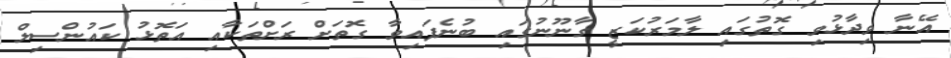
އޭނާ ވިދާޅުވި ގޮތުގައި ލާމަރުކަޒީ ގާނޫނުގައި ބުނެފައިވާ ގޮތަށް ރަށްތަކާއި އަތޮޅު ކައުންސިލް